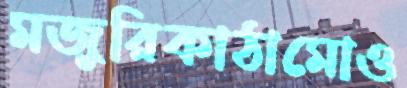
মজুরিকাঠামোও